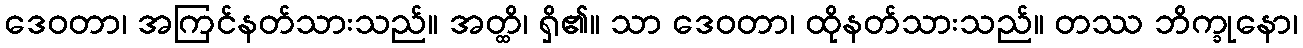
ဒေဝတာ၊ အကြင်နတ်သားသည်။ အတ္ထိ၊ ရှိ၏။ သာ ဒေဝတာ၊ ထိုနတ်သားသည်။ တဿ ဘိက္ခုနော၊